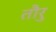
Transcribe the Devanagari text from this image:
तौरु